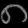
Digit: ၈